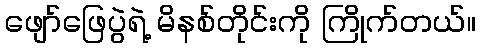
ဖျော်ဖြေပွဲရဲ့ မိနစ်တိုင်းကို ကြိုက်တယ်။